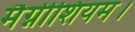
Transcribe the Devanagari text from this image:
मैग्नीशियम।